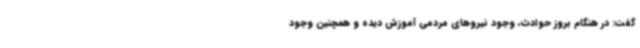
گفت: در هنگام بروز حوادث، وجود نیروهای مردمی آموزش دیده و همچنین وجود